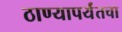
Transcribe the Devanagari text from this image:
ठाण्यापर्यंतचा